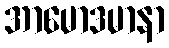
အာမောဒမာနာ